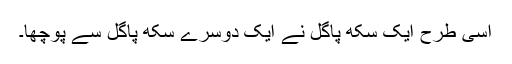
اسی طرح ایک سِکھ پاگل نے ایک دوسرے سِکھ پاگل سے پُوچھا۔